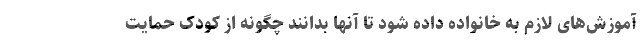
آموزش‌های لازم به خانواده داده شود تا آنها بدانند چگونه از کودک حمایت